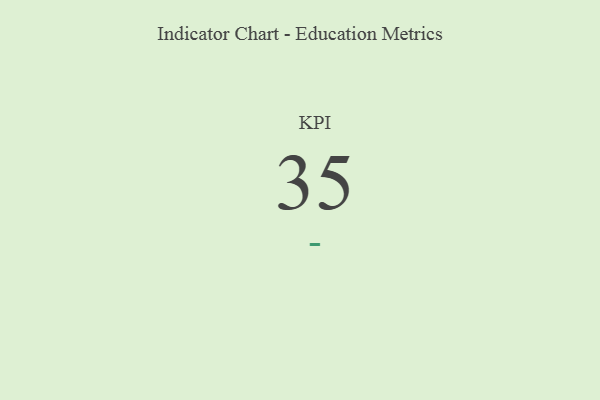
{"axis": {"x": "KPI", "y": "Value"}, "legend": [""], "data": [{"x": "KPI", "y": 35, "type": ""}]}